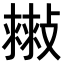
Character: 𢿷